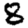
Digit: 8